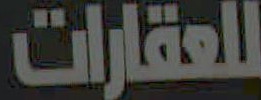
للعقارات